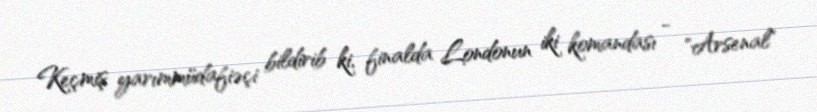
Keçmiş yarımmüdafiəçi bildirib ki, finalda Londonun iki komandası - "Arsenal"